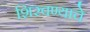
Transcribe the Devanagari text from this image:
शिरवण्याचे